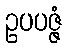
ဥပပဇ္ဇံ